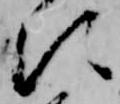
に